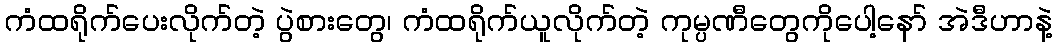
ကံထရိုက်ပေးလိုက်တဲ့ ပွဲစားတွေ၊ ကံထရိုက်ယူလိုက်တဲ့ ကုမ္ပဏီတွေကိုပေါ့နော် အဲဒီဟာနဲ့